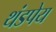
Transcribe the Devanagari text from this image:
थंडपेय